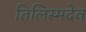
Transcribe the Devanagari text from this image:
तिलिस्मदेव